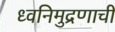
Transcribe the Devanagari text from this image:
ध्वनिमुद्रणाची